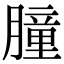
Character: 膧